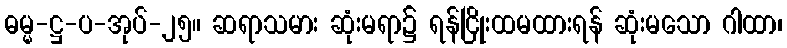
ဓမ္မ-ဋ္ဌ-ပ-အုပ်-၂၅။ ဆရာသမား ဆုံးမရာ၌ ရန်ငြိုးထမထားရန် ဆုံးမသော ဂါထာ၊